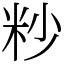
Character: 粆